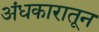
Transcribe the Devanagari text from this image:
अंधकारातून